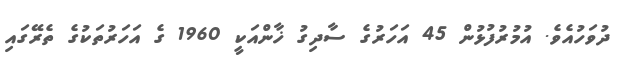
ދުވަހުއެވެ. އުމުރުފުޅުން 45 އަހަރުގެ ސާދިގު ޚާންއަކީ 1960 ގެ އަހަރުތަކުގެ ތެރޭގައި